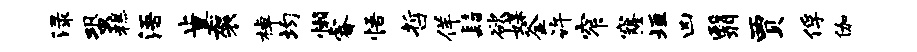
渌蛩糕浯止黑袈棹均懒睿悟哲佯髫欲媒釜许窄窿垣凶翳贾俘伽